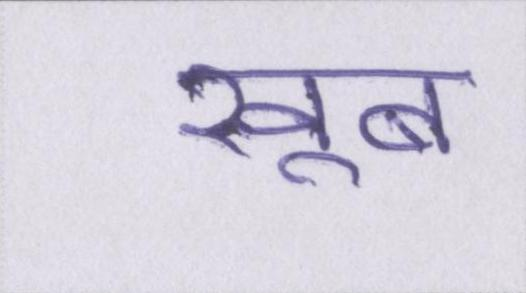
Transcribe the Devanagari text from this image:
खूब